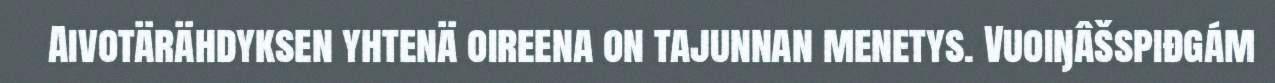
Aivotärähdyksen yhtenä oireena on tajunnan menetys. Vuoiŋâšspiđgám